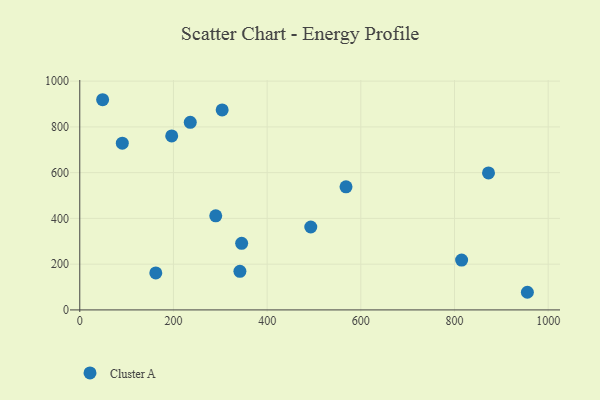
{"axis": {"x": "Experience", "y": "Sales"}, "legend": ["Cluster A"], "data": [{"x": "90.8", "y": 728.7, "type": "Cluster A"}, {"x": "493.2", "y": 362.5, "type": "Cluster A"}, {"x": "304.0", "y": 874.3, "type": "Cluster A"}, {"x": "196.3", "y": 760.4, "type": "Cluster A"}, {"x": "345.6", "y": 291.0, "type": "Cluster A"}, {"x": "290.3", "y": 411.1, "type": "Cluster A"}, {"x": "568.4", "y": 538.2, "type": "Cluster A"}, {"x": "162.3", "y": 161.9, "type": "Cluster A"}, {"x": "955.6", "y": 77.1, "type": "Cluster A"}, {"x": "235.9", "y": 820.1, "type": "Cluster A"}, {"x": "341.9", "y": 168.8, "type": "Cluster A"}, {"x": "48.8", "y": 918.8, "type": "Cluster A"}, {"x": "815.2", "y": 217.7, "type": "Cluster A"}, {"x": "872.6", "y": 598.6, "type": "Cluster A"}]}